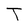
Character: T